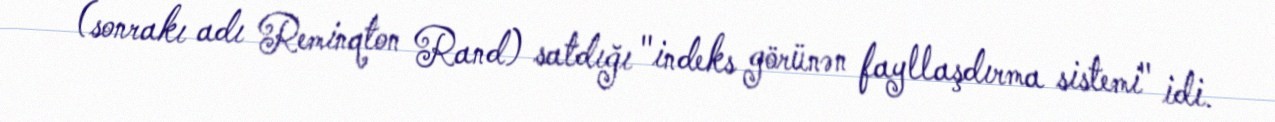
(sonrakı adı Reminqton Rand) satdığı "indeks görünən fayllaşdırma sistemi" idi.